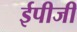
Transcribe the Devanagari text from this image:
ईपीजी